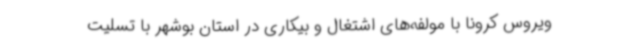
ویروس کرونا با مولفه‌های اشتغال و بیکاری در استان بوشهر با تسلیت